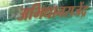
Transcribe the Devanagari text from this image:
अभिधानराजेंद्र